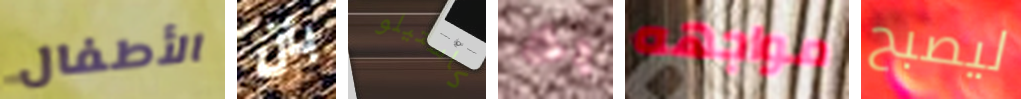
الأطفال بأن كاستيلو بك مواجهه ليصبح